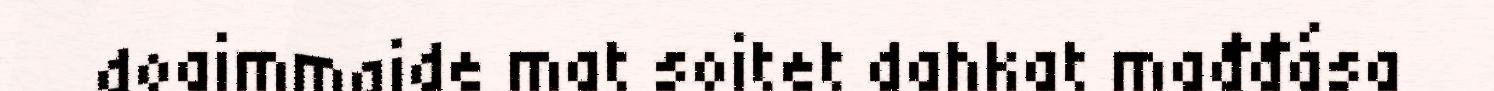
doaimmaide mat soitet dahkat mađđása